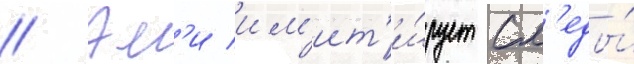
// Эм'и им'ит'и́рует сл'еды́